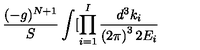
\frac { ( - g ) ^ { N + 1 } } S \int [ \prod _ { i = 1 } ^ { I } \frac { d ^ { 3 } k _ { i } } { \left( 2 \pi \right) ^ { 3 } 2 E _ { i } }